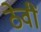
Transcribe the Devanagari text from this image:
ठेवीं